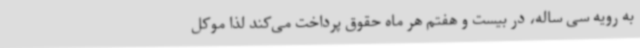
به رویه سی ساله، در بیست و هفتم هر ماه حقوق پرداخت می‌کند لذا موکل